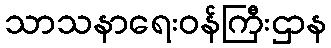
သာသနာရေးဝန်ကြီးဌာန